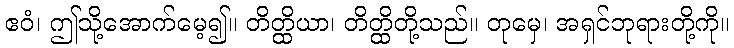
ဧဝံ၊ ဤသို့အောက်မေ့၍။ တိတ္ထိယာ၊ တိတ္ထိတို့သည်။ တုမှေ၊ အရှင်ဘုရားတို့ကို။